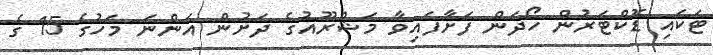
ޓަކައި ޑޮކްޓަރުން ހޯދަން ފަށާފައިވާ މަޝްރޫއުގެ ދަށުން އަންނަ މަހުގެ 15 ގެ